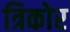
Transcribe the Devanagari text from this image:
त्रिकोर